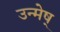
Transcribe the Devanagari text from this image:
उन्मेष्